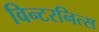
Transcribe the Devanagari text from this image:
विन्टरनित्स